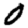
Digit: 0